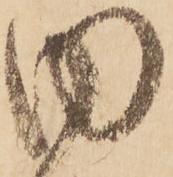
内